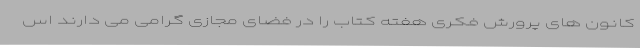
کانون های پرورش فکری هفته کتاب را در فضای مجازی گرامی می دارند اس